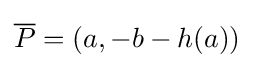
{\overline {P}}=(a,-b-h(a))